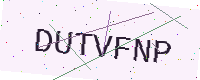
Text: DUTVFNP